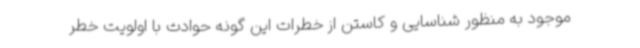
موجود به منظور شناسایی و کاستن از خطرات این گونه حوادث با اولویت خطر